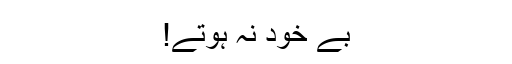
بے خود نہ ہوتے!